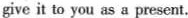
give it to you as a present.